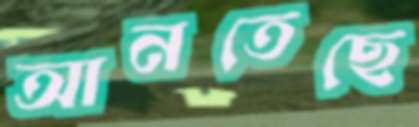
আনতেছে